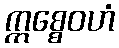
ဣစ္စေဝဟံ